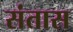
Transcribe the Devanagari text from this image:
संतास